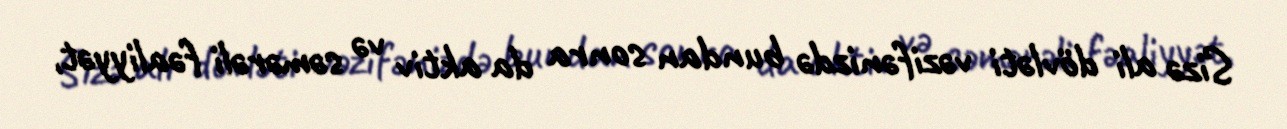
Sizə ali dövləti vəzifənizdə bundan sonra da aktiv və səmərəli fəaliyyət,